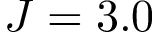
J = 3 . 0